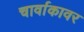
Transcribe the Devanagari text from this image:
चार्वाकावर